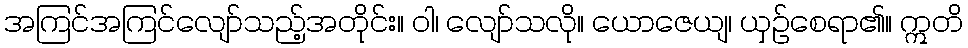
အကြင်အကြင်လျော်သည့်အတိုင်း။ ဝါ၊ လျော်သလို။ ယောဇေယျ၊ ယှဉ်စေရာ၏။ ဣတိ